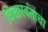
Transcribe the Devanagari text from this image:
विचारवंताचा